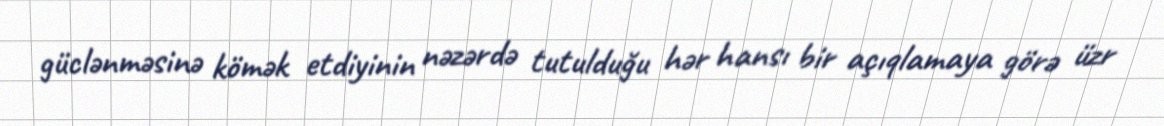
güclənməsinə kömək etdiyinin nəzərdə tutulduğu hər hansı bir açıqlamaya görə üzr